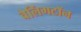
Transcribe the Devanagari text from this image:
वेलिंगटॉन